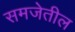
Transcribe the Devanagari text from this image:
समजेतील